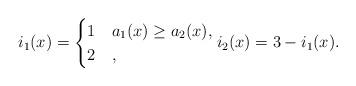
LaTeX: \begin{align*}i_1(x)= \begin{cases} 1 & a_1(x) \ge a_2(x), \\2 & ,\end{cases}i_2(x)=3-i_1(x).\end{align*}